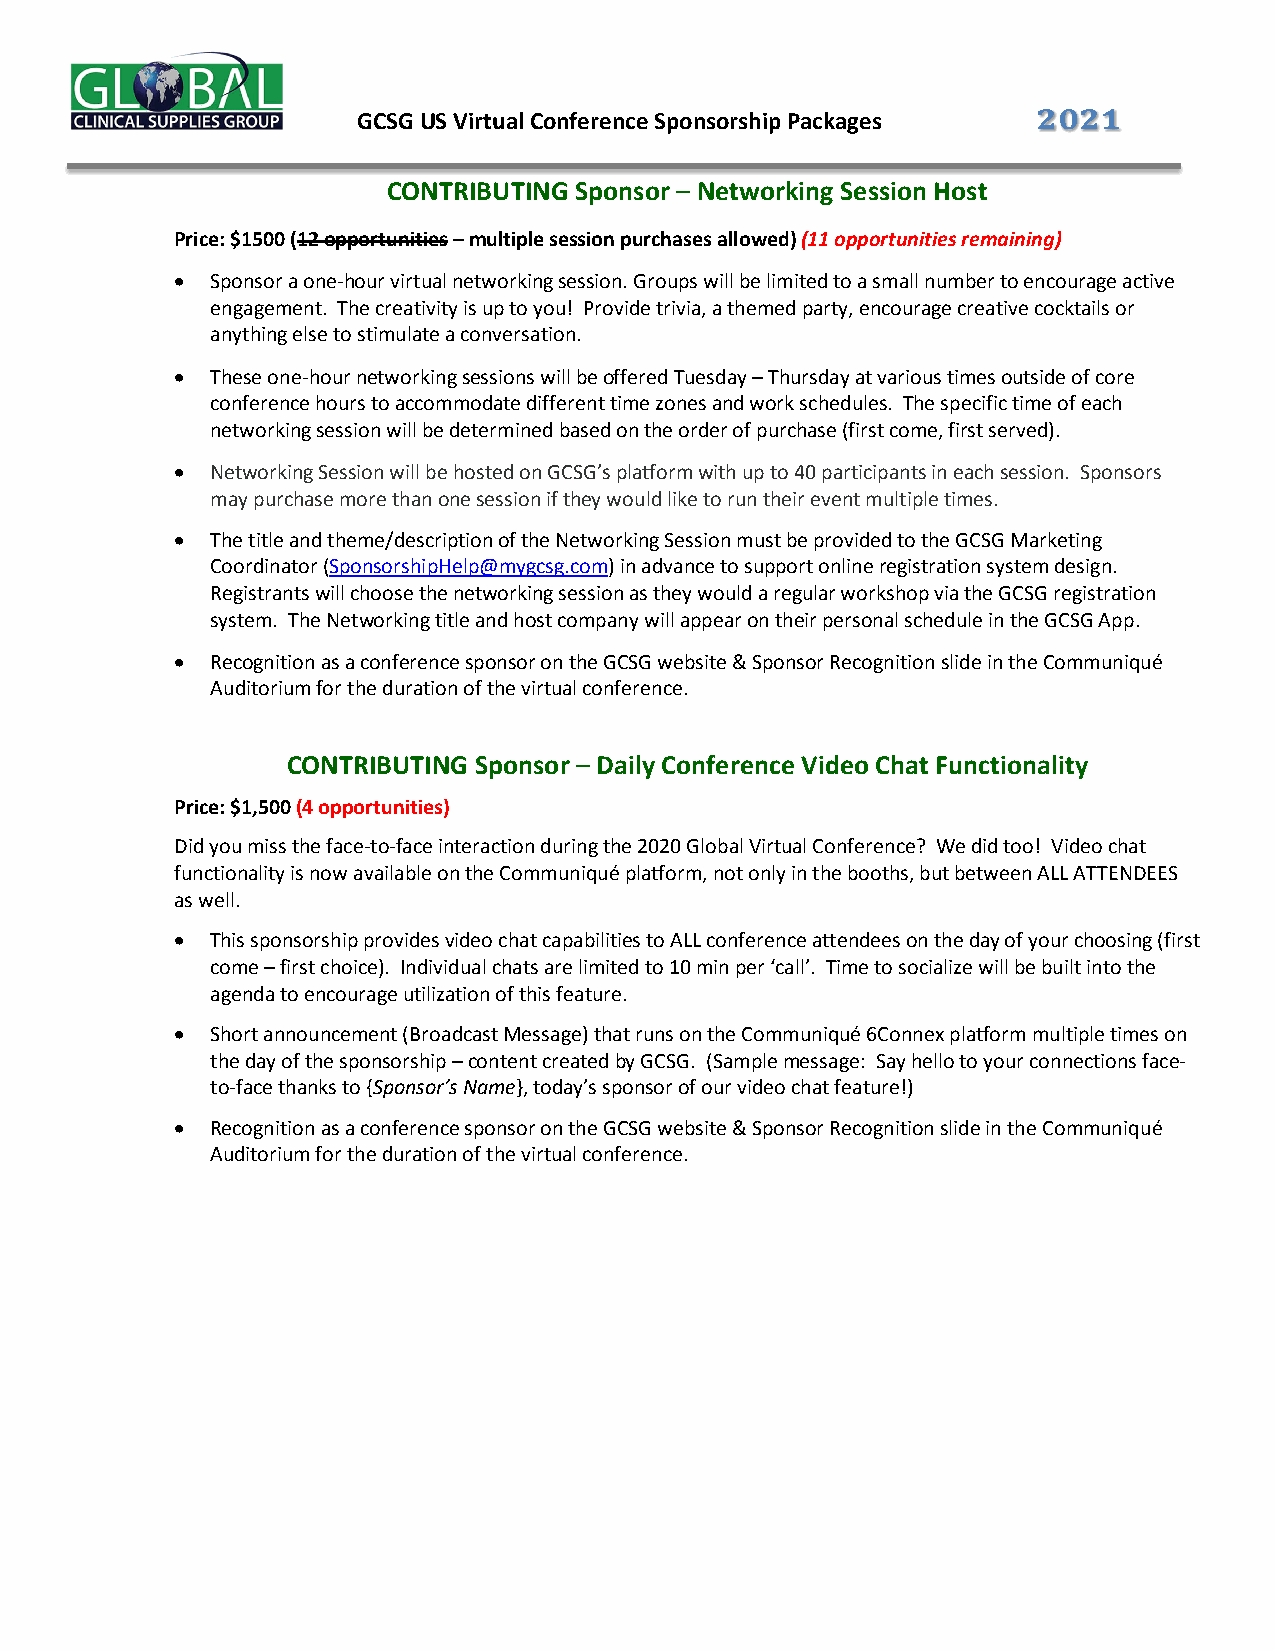
!"!#
 GCSG US Virtual Conference Sponsorship Packages
 CONTRIBUTING Sponsor – Networking Session Host
 Price: $1500 (12 opportunities – multiple session purchases allowed) (11 opportunities remaining)
 • Sponsor a one-hour virtual networking session. Groups will be limited to a small number to encourage active
 engagement. The creativity is up to you! Provide trivia, a themed party, encourage creative cocktails or
 anything else to stimulate a conversation.
 • These one-hour networking sessions will be offered Tuesday – Thursday at various times outside of core
 conference hours to accommodate different time zones and work schedules. The specific time of each
 networking session will be determined based on the order of purchase (first come, first served).
 • Networking Session will be hosted on GCSG’s platform with up to 40 participants in each session. Sponsors
 may purchase more than one session if they would like to run their event multiple times.
 • The title and theme/description of the Networking Session must be provided to the GCSG Marketing
 Coordinator (SponsorshipHelp@mygcsg.com) in advance to support online registration system design.
 Registrants will choose the networking session as they would a regular workshop via the GCSG registration
 system. The Networking title and host company will appear on their personal schedule in the GCSG App.
 • Recognition as a conference sponsor on the GCSG website & Sponsor Recognition slide in the Communiqué
 Auditorium for the duration of the virtual conference.
 CONTRIBUTING Sponsor – Daily Conference Video Chat Functionality
 Price: $1,500 (4 opportunities)
 Did you miss the face-to-face interaction during the 2020 Global Virtual Conference? We did too! Video chat
 functionality is now available on the Communiqué platform, not only in the booths, but between ALL ATTENDEES
 as well.
 • This sponsorship provides video chat capabilities to ALL conference attendees on the day of your choosing (first
 come – first choice). Individual chats are limited to 10 min per ‘call’. Time to socialize will be built into the
 agenda to encourage utilization of this feature.
 • Short announcement (Broadcast Message) that runs on the Communiqué 6Connex platform multiple times on
 the day of the sponsorship – content created by GCSG. (Sample message: Say hello to your connections face-
 to-face thanks to {Sponsor’s Name}, today’s sponsor of our video chat feature!)
 • Recognition as a conference sponsor on the GCSG website & Sponsor Recognition slide in the Communiqué
 Auditorium for the duration of the virtual conference.